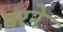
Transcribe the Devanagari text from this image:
वरने